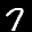
Label: 7